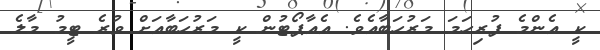
ކީ އެންމެ ފުރިހަމަ މަރުހަބާއެވެ. އެއާޕޯޓުން ކީ މަރުހަބާއަށް ވުރެ ޓީމު މާލެ